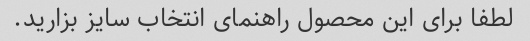
لطفا برای این محصول راهنمای انتخاب سایز بزارید.